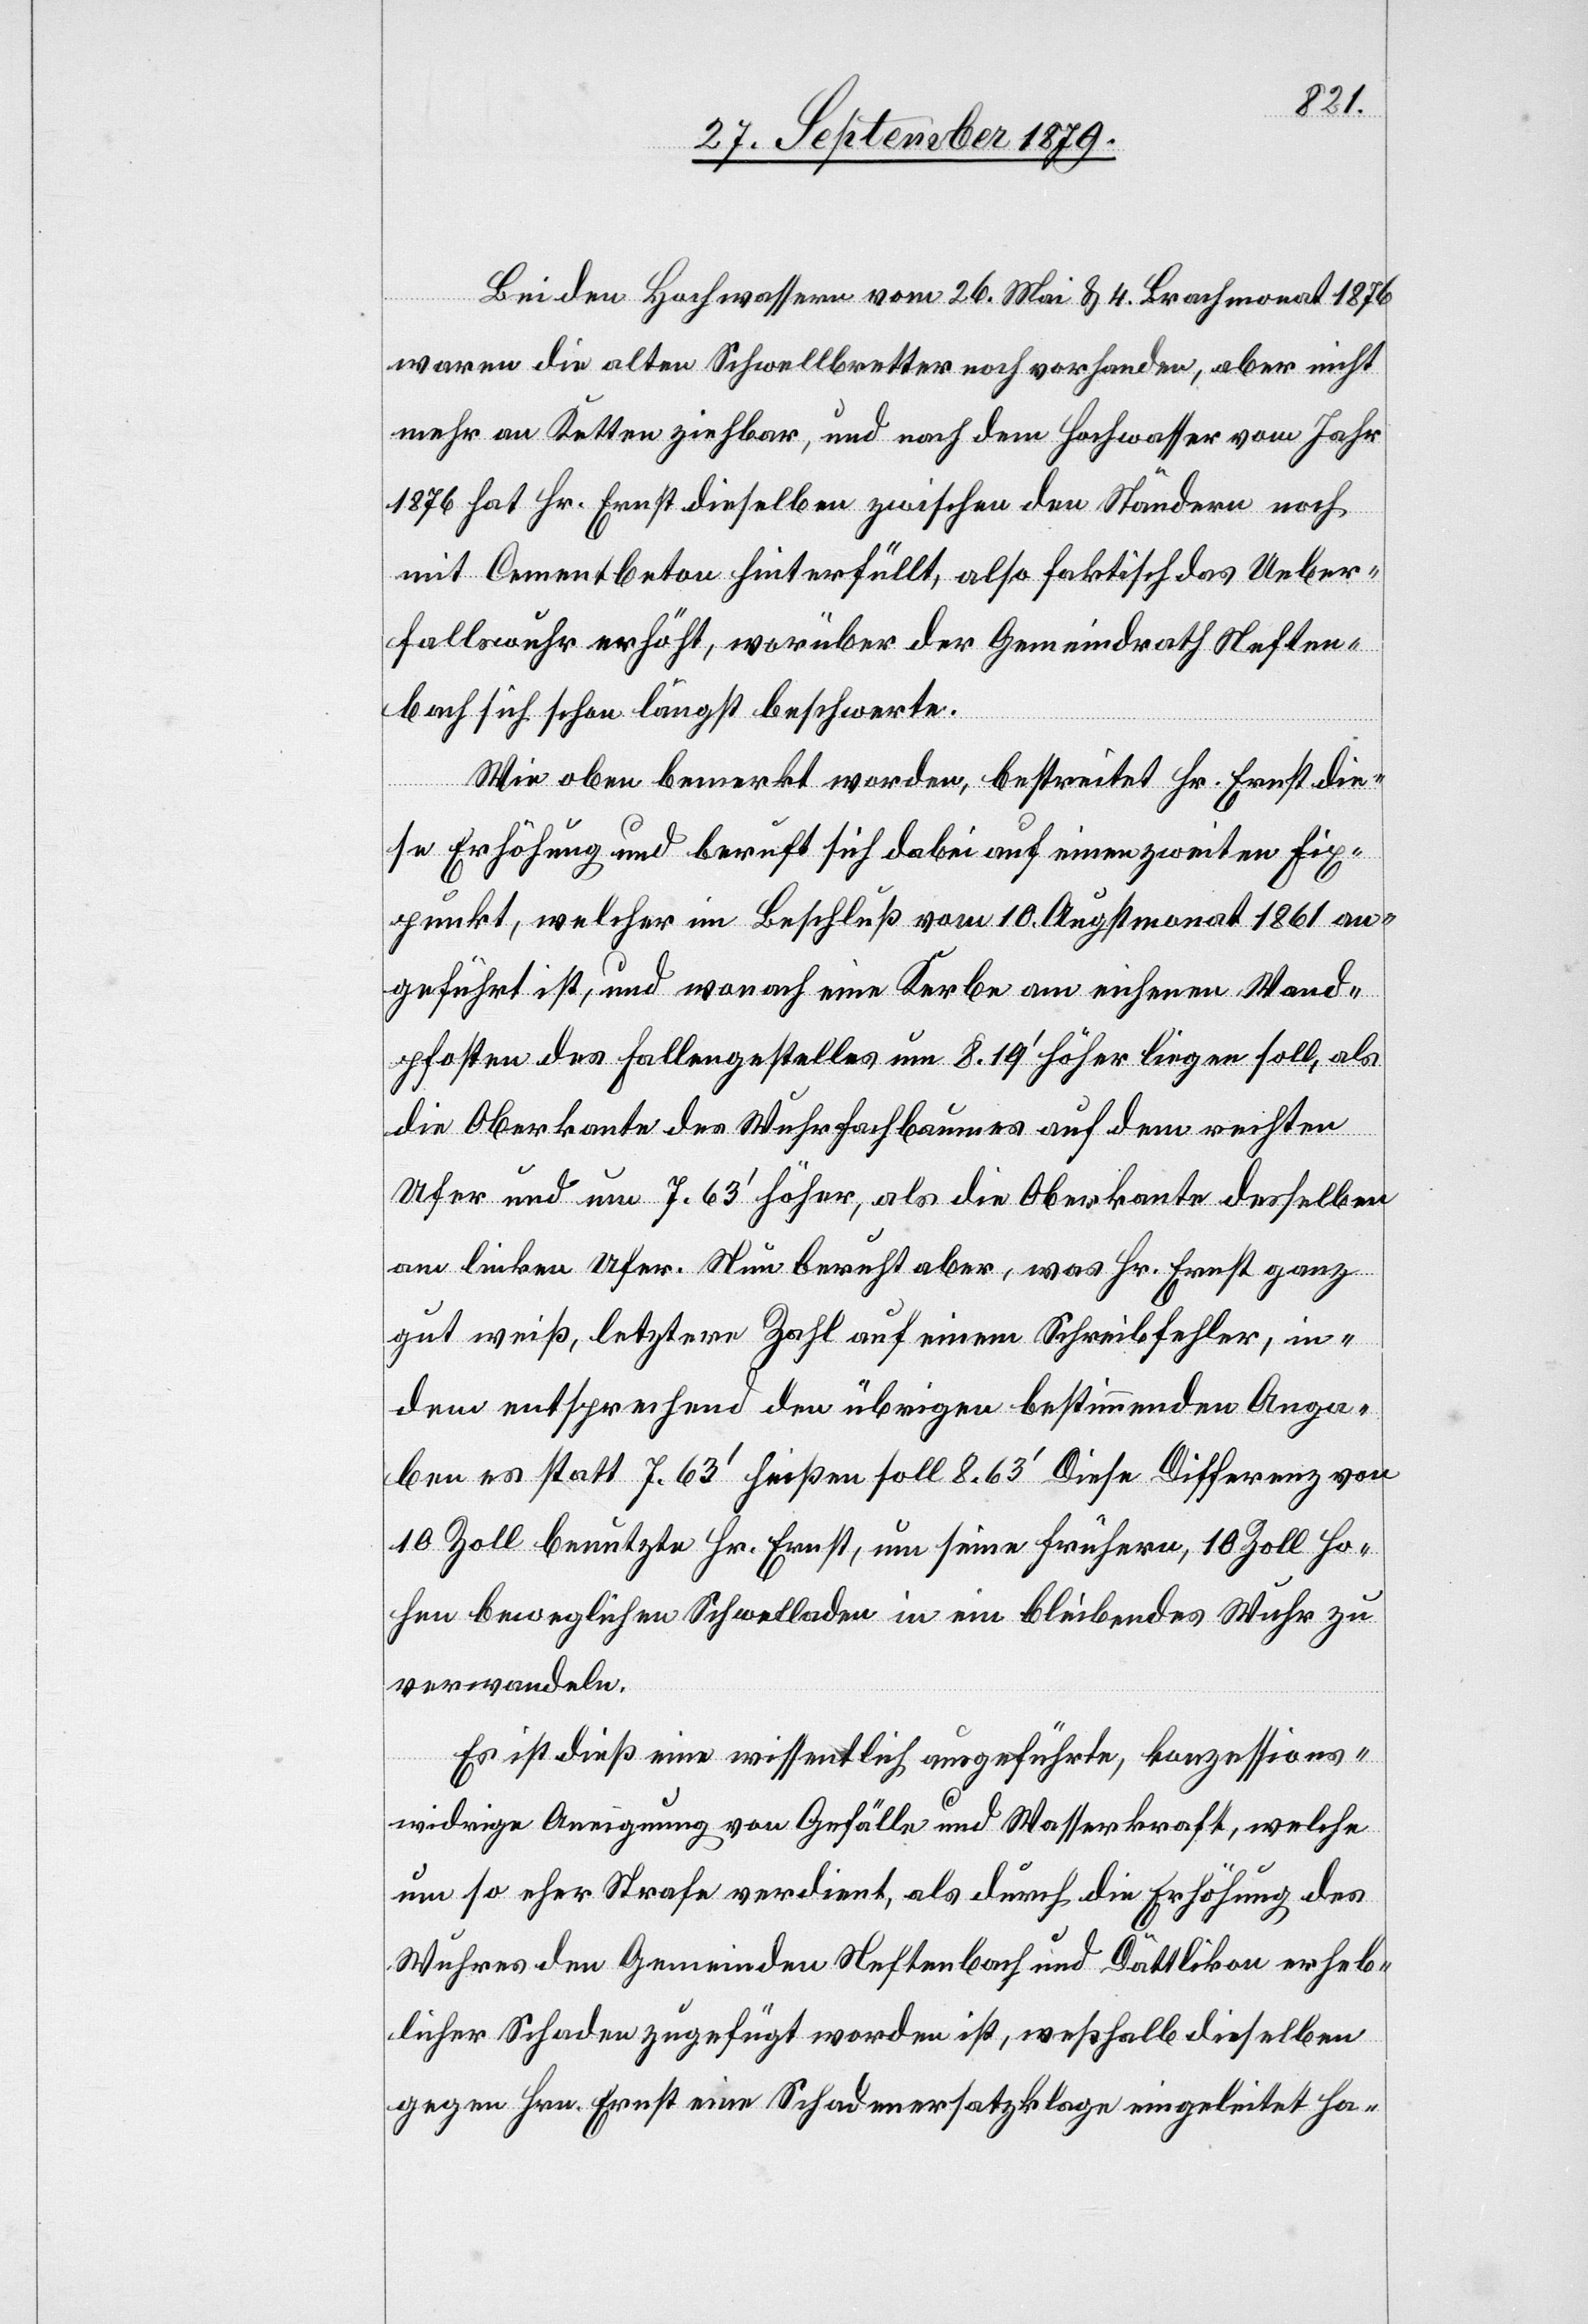
Bei den Hochwassern vom 26. Mai & 4. Brachmonat 1876
waren die alten Schwellbretter noch vorhanden, aber nicht
mehr an Ketten ziehbar, und nach dem Hochwasser vom Jahr
1876 hat Hr. Ernst dieselben zwischen den Ständern noch
mit Cementbeton hinterfüllt, also faktisch das Ueber¬
fallswuhr erhöht, worüber der Gemeindrath Neften¬
bach sich schon längst beschwerte.
Wie oben bemerkt worden, bestreitet Hr. Ernst die¬
se Erhöhung und beruft sich dabei auf einen zweiten Fix¬
punkt, welcher im Beschluß vom 10. Augstmonat 1861 an¬
geführt ist, und wonach eine Kerbe am eichenen Wand¬
pfosten des Fallengestelles um 8.19’ höher liegen soll, als
die Oberkante des Wuhrfachbaumes auf dem rechten
Ufer und um 7.630 höher, als die Oberkante desselben
am linken Ufer. Nun beruht aber, was Hr. Ernst ganz
gut weiß, letztere Zahl auf einem Schreibfehler, in¬
dem entsprechend den übrigen bestimmenden Anga¬
ben es statt 7.63’ heißen soll 8.63’. Diese Differenz von
10 Zoll benutzte Hr. Ernst, um seine frühern, 10 Zoll ho¬
hen beweglichen Schwelladen in ein bleibendes Wuhr zu
verwandeln.
Es ist dies eine wissentlich ausgeführte, konzessions¬
widrige Aneignung von Gefälle und Wasserkraft, welche
um so eher Strafe verdient, als durch die Erhöhung des
Wuhres den Gemeinden Neftenbach und Dättlikon erheb¬
licher Schaden zugefügt worden ist, weßhalb dieselben
gegen Hrn. Ernst eine Schadenersatzklage eingeleitet ha-